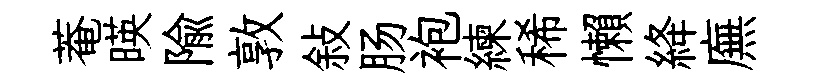
菴暎隃敦敍肠袍練稀懶絳廡